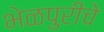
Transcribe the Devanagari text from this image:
भेळपुरीचे